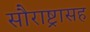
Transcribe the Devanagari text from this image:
सौराष्ट्रासह